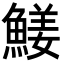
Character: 𩹖